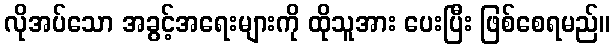
လိုအပ်သော အခွင့်အရေးများကို ထိုသူအား ပေးပြီး ဖြစ်စေရမည်။